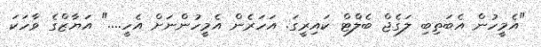
"އެމީހުން އެބަތިބި ލަގެޖް ބެލްޓް ކައިރީގަ. އަހަރެން އެމީހުންނަށް އެހީ...." އަޔާޒްގެ ވާހަކަ